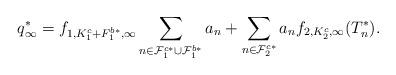
LaTeX: \begin{align*}q_{\infty}^{*}=f_{1,K_1^c+F_1^{b*},\infty}\sum_{n\in\mathcal F_1^{c*}\cup \mathcal F_1^{b*}}a_n+\sum_{n\in\mathcal F_2^{c*}}a_nf_{2,K_2^c,\infty}(T_n^{*}).\end{align*}